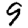
Digit: 9